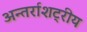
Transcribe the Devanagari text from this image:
अन्तर्राशट्रीय